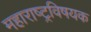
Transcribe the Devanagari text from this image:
महाराष्‍ट्रविषयक